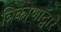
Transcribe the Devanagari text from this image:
त्रिकोणाद्वारे